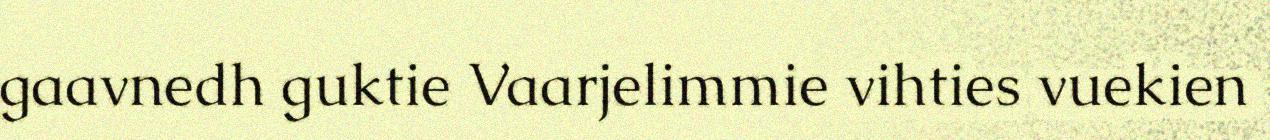
gaavnedh guktie Vaarjelimmie vihties vuekien